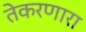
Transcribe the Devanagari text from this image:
तेकरणारा